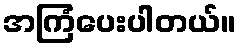
အကြံပေးပါတယ်။